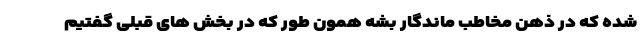
شده که در ذهن مخاطب ماندگار بشه همون طور که در بخش های قبلی گفتیم